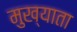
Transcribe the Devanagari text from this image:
मुख्याता